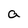
Character: a